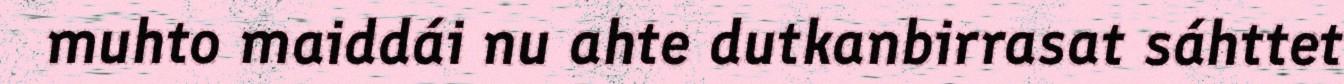
muhto maiddái nu ahte dutkanbirrasat sáhttet